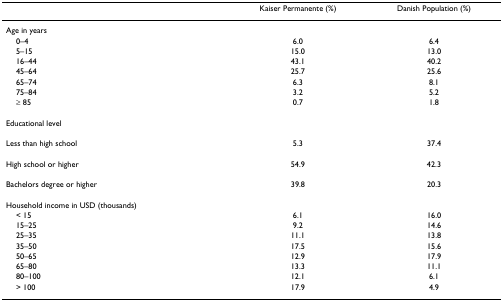
<table><thead><tr><td></td><td><b>Kaiser Permanente (%)</b></td><td><b>Danish Population (%)</b></td></tr></thead><tbody><tr><td>Age in years</td><td></td><td></td></tr><tr><td> 0–4</td><td>6.0</td><td>6.4</td></tr><tr><td> 5–15</td><td>15.0</td><td>13.0</td></tr><tr><td> 16–44</td><td>43.1</td><td>40.2</td></tr><tr><td> 45–64</td><td>25.7</td><td>25.6</td></tr><tr><td> 65–74</td><td>6.3</td><td>8.1</td></tr><tr><td> 75–84</td><td>3.2</td><td>5.2</td></tr><tr><td> ≥ 85</td><td>0.7</td><td>1.8</td></tr><tr><td>Educational level</td><td></td><td></td></tr><tr><td>Less than high school</td><td>5.3</td><td>37.4</td></tr><tr><td>High school or higher</td><td>54.9</td><td>42.3</td></tr><tr><td>Bachelors degree or higher</td><td>39.8</td><td>20.3</td></tr><tr><td>Household income in USD (thousands)</td><td></td><td></td></tr><tr><td> &lt; 15</td><td>6.1</td><td>16.0</td></tr><tr><td> 15–25</td><td>9.2</td><td>14.6</td></tr><tr><td> 25–35</td><td>11.1</td><td>13.8</td></tr><tr><td> 35–50</td><td>17.5</td><td>15.6</td></tr><tr><td> 50–65</td><td>12.9</td><td>17.9</td></tr><tr><td> 65–80</td><td>13.3</td><td>11.1</td></tr><tr><td> 80–100</td><td>12.1</td><td>6.1</td></tr><tr><td> &gt; 100</td><td>17.9</td><td>4.9</td></tr></tbody></table>